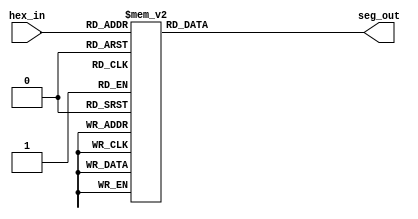
module hex2_7seg(
        input [3:0] hex_in,
        output reg [6:0] seg_out
    );
    always @(*)
        case(hex_in)
            4'd0:  seg_out <= 7'b1000000; // "0"  
            4'd1:  seg_out <= 7'b1111001; // "1" 
            4'd2:  seg_out <= 7'b0100100; // "2" 
            4'd3:  seg_out <= 7'b0110000; // "3" 
            4'd4:  seg_out <= 7'b0011001; // "4" 
            4'd5:  seg_out <= 7'b0010010; // "5" 
            4'd6:  seg_out <= 7'b0000010; // "6" 
            4'd7:  seg_out <= 7'b1111000; // "7" 
            4'd8:  seg_out <= 7'b0000000; // "8"  
            4'd9:  seg_out <= 7'b0010000; // "9"  
            4'd10: seg_out <= 7'b0001000; // "A"  
            4'd11: seg_out <= 7'b0000011; // "B"  
            4'd12: seg_out <= 7'b1000110; // "C"  
            4'd13: seg_out <= 7'b0100001; // "D"  
            4'd14: seg_out <= 7'b0000110; // "E"  
            4'd15: seg_out <= 7'b0001110; // "F"
        endcase
endmodule